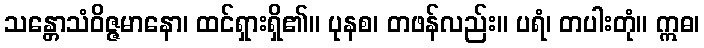
သန္တောသံဝိဇ္ဇမာနော၊ ထင်ရှားရှိ၏။ ပုနစ၊ တဖန်လည်း။ ပရံ၊ တပါးတုံ။ ဣဓ၊